Annual administration report of the Civil Veterinary Department of India - 1906-1907
Year: 1906
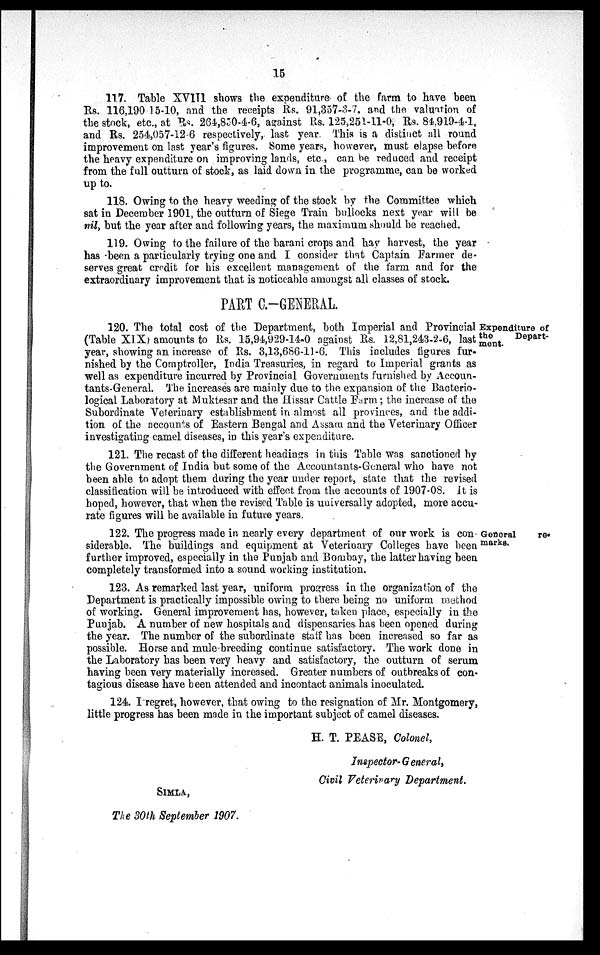
15
117. Table XVIII shows the expenditure of the farm to have been
Rs. 116,190 15-10, and the receipts Rs. 91,357-3-7, and the valuation of
the stock, etc., at Rs. 264,850-4-6, against Rs. 125,251-11-0, Rs. 84,919-4-1,
and Rs. 254,057-12-6 respectively, last year. This is a distinct all round
improvement on last year's figures. Some years, however, must elapse before
the heavy expenditure on improving lands, etc, can be reduced and receipt
from the full outturn of stock, as laid down in the programme, can be worked
up to.
118. Owing to the heavy weeding of the stock by the Committee which
sat in December 1901, the outturn of Siege Train bullocks next year will be
nil, but the year after and following years, the maximum should be reached.
119. Owing to the failure of the barani crops and hay harvest, the year
has been a particularly trying one and I consider that Captain Farmer de-
serves great credit for his excellent management of the farm and for the
extraordinary improvement that is noticeable amongst all classes of stock.
PART C.–GENERAL.
Expenditure of
the
Depart-
ment.
120. The total cost of the Department, both Imperial and Provincial
(Table XIX) amounts to Rs. 15,94,929-14-0 against Rs. 12,81,243-2-6, last
year, showing an increase of Rs. 3,13,686-11-6. This includes figures fur-
nished by the Comptroller, India Treasuries, in regard to Imperial grants as
well as expenditure incurred by Provincial Governments furnished by Accoun-
tants-General. The increases are mainly due to the expansion of the Bacterio-
logical Laboratory at Muktesar and the Hissar Cattle Farm; the increase of the
Subordinate Veterinary establishment in almost all provinces, and the addi-
tion of the accounts of Eastern Bengal and Assam and the Veterinary Officer
investigating camel diseases, in this year's expenditure.
121. The recast of the different headings in this Table was sanctioned by
the Government of India but some of the Accountants-General who have not
been able to adopt them during the year under report, state that the revised
classification will be introduced with effect from the accounts of 1907-08. It is
hoped, however, that when the revised Table is universally adopted, more accu-
rate figures will be available in future years.
General
re¬
marks.
122. The progress made in nearly every department of our work is con-
siderable. The buildings and equipment at Veterinary Colleges have been
further improved, especially in the Punjab and Bombay, the latter having been
completely transformed into a sound working institution.
123. As remarked last year, uniform progress in the organization of the
Department is practically impossible owing to there being no uniform method
of working. General improvement has, however, taken place, especially in the
Punjab. A number of new hospitals and dispensaries has been opened during
the year. The number of the subordinate staff has been increased so far as
possible. Horse and mule-breeding continue satisfactory. The work done in
the Laboratory has been very heavy and satisfactory, the outturn of serum
having been very materially increased. Greater numbers of outbreaks of con-
tagious disease have been attended and incontact animals inoculated.
124. I regret, however, that owing to the resignation of Mr. Montgomery,
little progress has been made in the important subject of camel diseases.
H. T. PEASE, Colonel,
Inspector-General,
Civil Veterinary Department.
SIMLA,
The 30th September 1907.